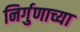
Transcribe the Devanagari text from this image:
निर्गुणाच्या